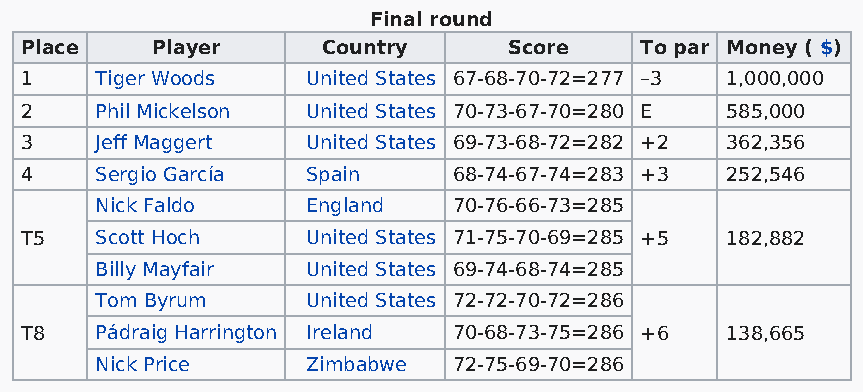
Final round
 Place    Player     Country      Score   To par Money ( $)
 1    Tiger Woods   United States 67-68-70-72=277 –3 1,000,000
 2    Phil Mickelson United States 70-73-67-70=280 E 585,000
 3    Jeff Maggert  United States 69-73-68-72=282 +2 362,356
 4    Sergio García Spain     68-74-67-74=283 +3 252,546
 Nick Faldo    England   70-76-66-73=285
 T5   Scott Hoch    United States 71-75-70-69=285 +5 182,882
 Billy Mayfair United States 69-74-68-74=285
 Tom Byrum     United States 72-72-70-72=286
 T8   Pádraig Harrington Ireland 70-68-73-75=286 +6 138,665
 Nick Price    Zimbabwe  72-75-69-70=286